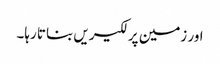
اور زمین پر لکیریں بناتا رہا۔